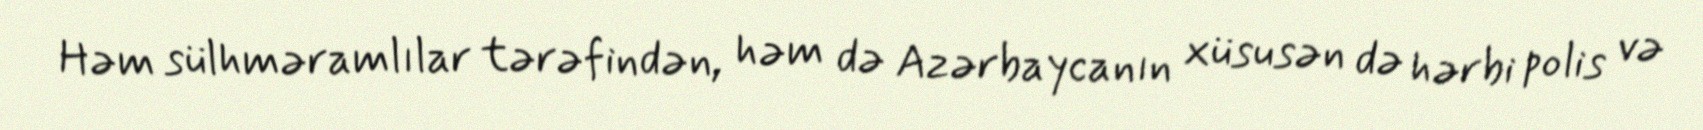
Həm sülhməramlılar tərəfindən, həm də Azərbaycanın xüsusən də hərbi polis və